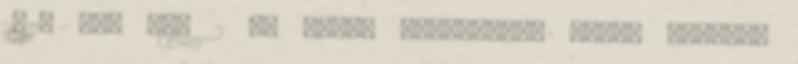
2011. 06. 05. 2 Az előző bejegyzést azzal zártam,